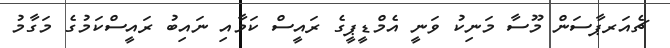
ޗެއަރޕާސަން މޫސާ މަނިކު ވަނީ އެމްޑީޕީގެ ރައީސް ކަމާއި ނައިބު ރައީސްކަމުގެ މަގާމު